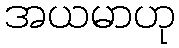
အယမာဟု